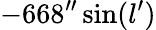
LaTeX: -668^{\prime\prime}\sin(l^{\prime})